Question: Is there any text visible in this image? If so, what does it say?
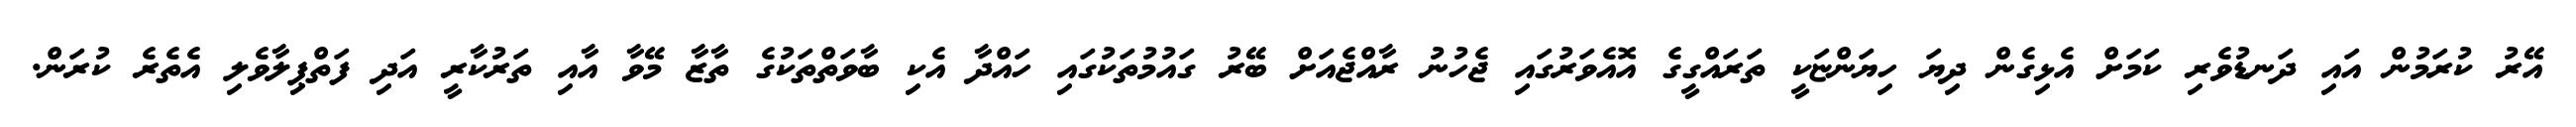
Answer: އޭރު ކުރަމުން އައި ދަނޑުވެރި ކަމަށް އެޅިގެން ދިޔަ ހިޔަންޏަކީ ތަރައްގީގެ އޮއެވަރުގައި ޖެހުނު ރާއްޖެއަށް ބޭރު ގައުމުތަކުގައި ހައްދާ އެކި ބާވަތްތަކުގެ ތާޒާ މޭވާ އާއި ތަރުކާރީ އަދި ފަތްޕިލާވެލި އެތެރެ ކުރަން.